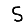
Digit: 5